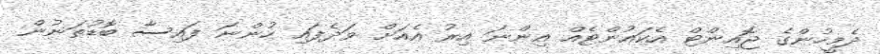
ދެމީހުންގެ ޖޮއިންޓް އެކައުންޓެއް އިންނަ އިރު އެއަށް ވަދެފައި ހުންނަ ފައިސާ ބޮޑުތަނުން